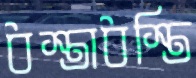
ধস্তাধস্তি